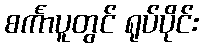
စင်္ကာပူတွင် ရုပ်ပိုင်း